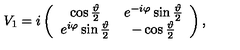
V _ { 1 } = i \left( \begin{array} { c c } { \cos \frac { \vartheta } { 2 } } & { e ^ { - i \varphi } \sin \frac { \vartheta } { 2 } } \\ { e ^ { i \varphi } \sin \frac { \vartheta } { 2 } } & { - \cos \frac { \vartheta } { 2 } } \\ \end{array} \right) ,